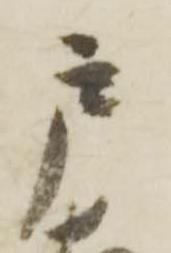
戸